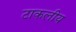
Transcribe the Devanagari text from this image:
टाकलीय